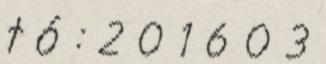
t ó : 2 0 1 6 0 3